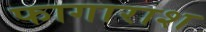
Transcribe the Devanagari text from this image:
फागाराश